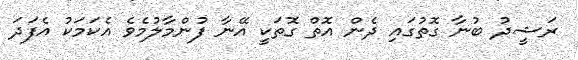
ރަޝީދު ބުނާ ގޮތުގައި ދެން އޮތް ގޮތަކީ އޭނާ ފުންމާލުމެވެ އެކަމަކު އެފަދަ